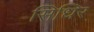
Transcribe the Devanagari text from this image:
सिधिर